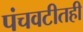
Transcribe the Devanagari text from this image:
पंचवटीतही